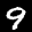
Label: 9